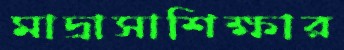
মাদ্রাসাশিক্ষার